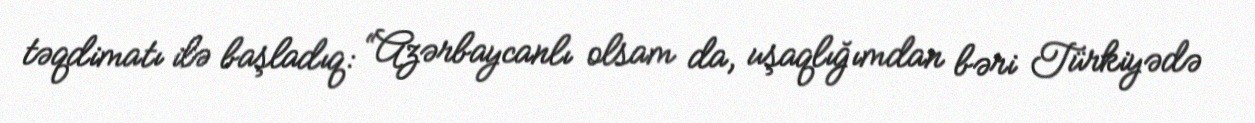
təqdimatı ilə başladıq: “Azərbaycanlı olsam da, uşaqlığımdan bəri Türkiyədə